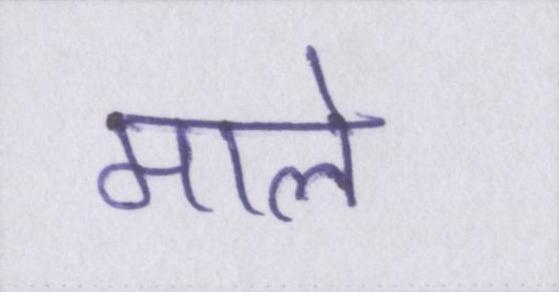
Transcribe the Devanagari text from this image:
माले